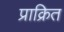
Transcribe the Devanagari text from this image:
प्राक्रित